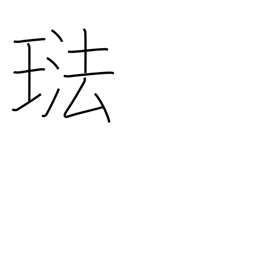
Meaning: enamel